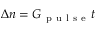
\Delta n = G _ { \mathrm { ~ p ~ u ~ l ~ s ~ e ~ } } t